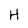
Character: H